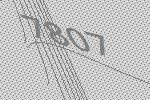
7807